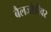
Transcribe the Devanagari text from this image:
बैलजोडीवर